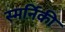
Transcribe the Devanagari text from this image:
स्मर्निकी